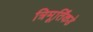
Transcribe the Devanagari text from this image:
त्रिमूर्तिंकडे